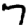
Digit: 7